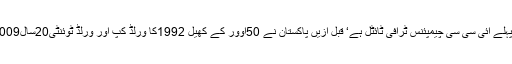
پاکستان کے لئے یہ پہلے ائی سی سی چیمپئنس ٹرافی ٹائٹل ہے‘ قبل ازیں پاکستان نے 50اوور کے کھیل 1992کا ورلڈ کپ اور ورلڈ ٹوئنٹی20سال2009کا خطاب جیتا ہے۔